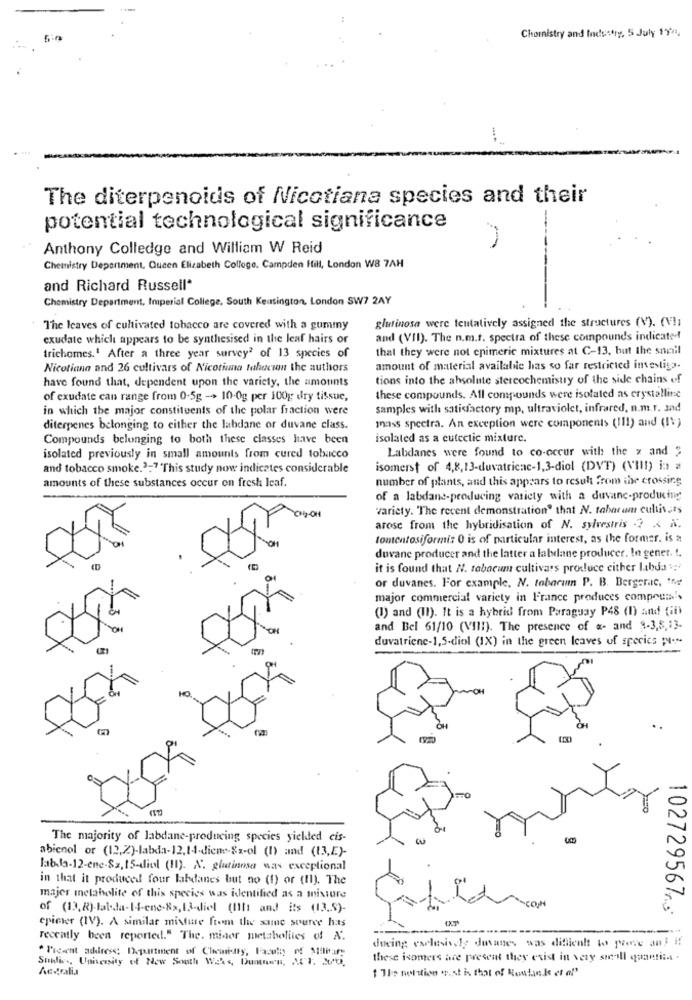
Chemistry and Industry, 5 July 1991.
-
The diterpenoids of Nicotiana species and their
potential technological significance
Anthony Colledge and William W Reid
Chemistry Department, Queen Elizabeth College. Campden Hill, London W8 7AH
and Richard Russell*
Chemistry Department, Imperial College. South Kensington, London SW7 2AY
glutinosa were tentatively assigned the structures (V). (V !;
The leaves of cultivated tobacco are covered with a gummy
exudate which appears to be synthesised in the leaf hairs or
and (VII). The n.m.t. spectra of these compounds indicated
that they were not cpimeric mixtures at C-13, but the sunil
trichomes.1 After a three year survey? of 13 species of
Nicotiana and 26 cultivars of Nicotiana tahucion the authors
amount of material available has so far restricted investiga.
have found that, dependent upon the variety, the amounts
tions into the absolute stereochemistry of the side chains of
of exudate can range from 0-5g -> 10-0g per 100g; dry tissue,
these compounds. All compounds were isolated as crystalline
in which the major constituents of the polar fraction were
samples with satisfactory mp, ultraviolet, infrared, n.m.r. and
diterpenes belonging to either the labdane or duvane class.
mass spectra. An exception were components (111) and (IV)
Compounds belonging to both these classes have been
isolated as a cutectic mixture.
Labdanes were found to co-occur with the z and "
isolated previously in small amounts from cured tobacco
and tobacco smoke.3:7 'This study now indicates considerable
isomerst of 4,8,13-duvatricac-1,3-diol (DVT) (VIII) in #
number of plants, and this appears to result from the crossing
amounts of these substances occur on fresh leaf.
of a labdane-producing variety with a duvanc-producing
variety. "The recent demonstration" that N. tabatam cultivars
arose from the hybridisation of N. sylvestris -? < N.
tomtentosiformi: 0 is of particular interest, as the former, is a
duvane producer and the latter a labdane producer. In gener. 1.
it is found that N. tabacum cultivars produce either labda ::
or duvanes. For example, N. tabarum P. B. Bergerac, the
major commercial variety in France produces compour's
(1) and (II). It is a hybrid from Paraguay P48 (1) and Gii
and Bel 61/10 (VIl!). The presence of a- and 3-3,5,13.
duvatriene-1,5-diol (IX) in the green leaves of species p.
121
The majority of labdane-producing species yielded cis-
abienel or (12,2)-labda-12,1-1-diene-&x-ol (I) and (13,E)-
labda-12-ene-83,15-diol (11). N. glutinosa was exceptional
in that it produced four labdanes but no (1) or (II). The
majer metabolite of this species was identified as a misture
of (13, R)-labda-14-ene-8x,13-diel (Ilh: and its (13.5)-
102729567.3
cpicker (IV). A similar misture from the same source has
-
recently been reported." The. miner metabolites of A.
. Ficent address: Department of Chewridry, Faculty of MalPary
ducing exclusively duvanes was difficult to prove an! if
Studies, University of New South Wars, Dummen, ACI. 200.
these isomers are present they exist in very small quantita -
Aegalis
1 The netttion ist is that of Routink et af'